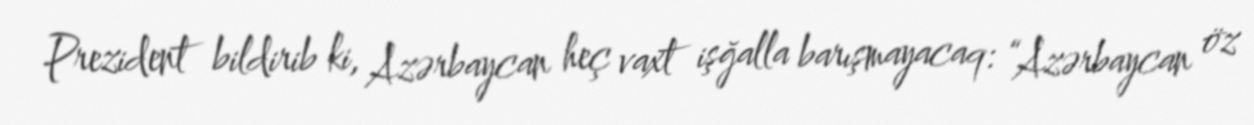
Prezident bildirib ki, Azərbaycan heç vaxt işğalla barışmayacaq: “Azərbaycan öz